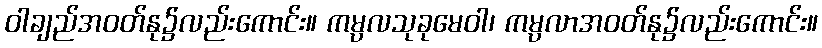
ဝါချည်အဝတ်နု၌လည်းကောင်း။ ကမ္ပလသုခုမေဝါ၊ ကမ္ပလာအဝတ်နု၌လည်းကောင်း။